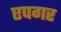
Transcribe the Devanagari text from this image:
एपगर